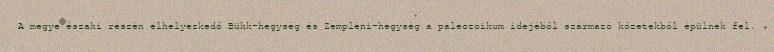
A megye északi részén elhelyezkedő Bükk-hegység és Zempléni-hegység a paleozoikum idejéből származó kőzetekből épülnek fel.